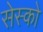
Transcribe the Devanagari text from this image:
सेस्को